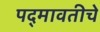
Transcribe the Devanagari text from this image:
पद्‍मावतीचे